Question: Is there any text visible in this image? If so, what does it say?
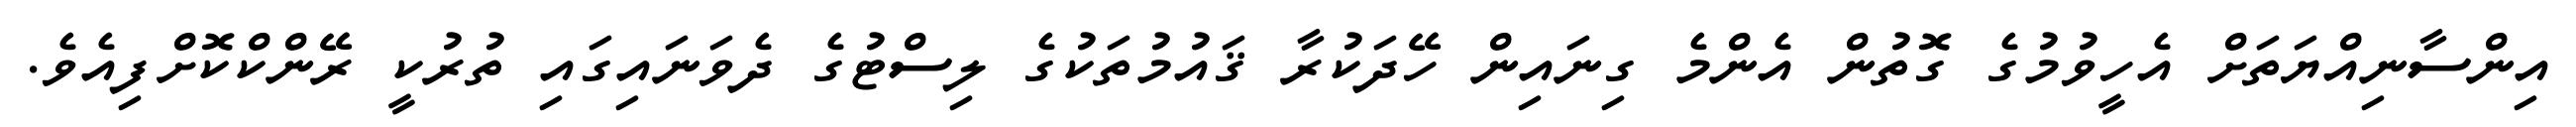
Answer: އިންސާނިއްޔަތަށް އެހީވުމުގެ ގޮތުން އެންމެ ގިނައިން ހޭދަކުރާ ޤައުމުތަކުގެ ލިސްޓުގެ ދެވަނައިގައި ތުރުކީ ރޭންކްކޮށްފިއެވެ.